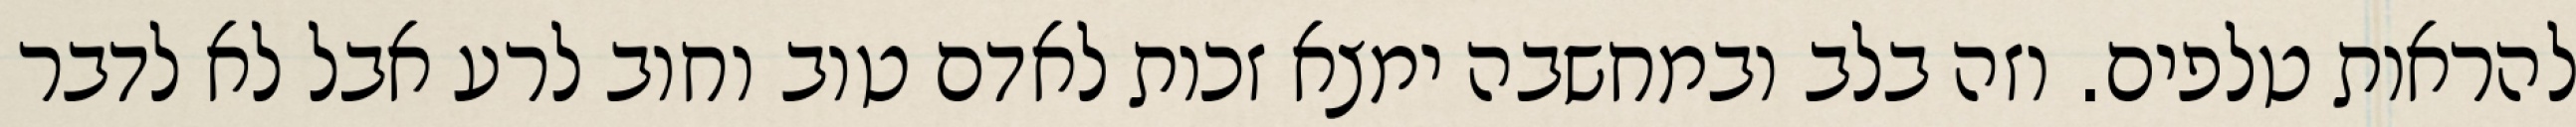
להראות טלפים. וזה בלב ובמחשבה ימצא זכות לאדם טוב וחוב לרע אבל לא לדבר